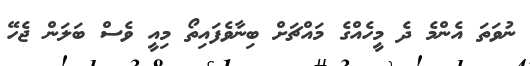
ނުވަތަ އެންމެ ދެ މީހެއްގެ މައްޗަށް ބިނާވެފައިތޯ މިއީ ވެސް ބަލަން ޖެހޭ